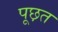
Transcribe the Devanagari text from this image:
पूछ़त